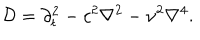
LaTeX: { \cal D } = { \partial _ { t } ^ { 2 } } - c ^ { 2 } { \nabla ^ { 2 } } - \nu ^ { 2 } { \nabla ^ { 4 } } .